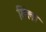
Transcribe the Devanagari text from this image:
छिला